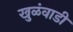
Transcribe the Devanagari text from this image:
खुळंवाडी